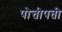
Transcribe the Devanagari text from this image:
पोत्तीपती